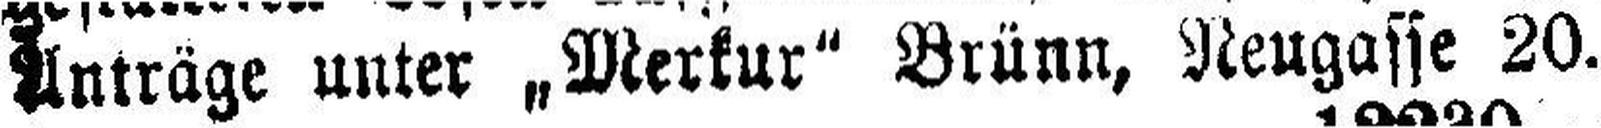
Unträge unter „Merkur“ Brünn, Neugasse 20.